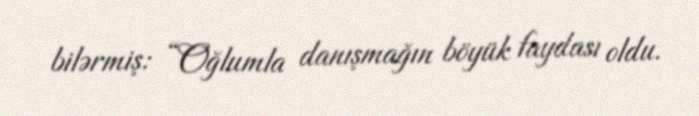
bilərmiş: “Oğlumla danışmağın böyük faydası oldu.